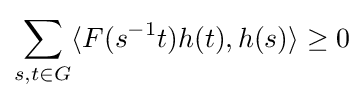
\sum _{s,t\in G}\langle F(s^{-1}t)h(t),h(s)\rangle \geq 0